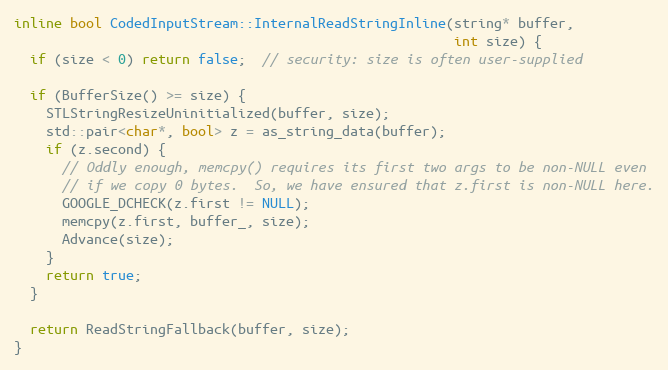
Language: C
inline bool CodedInputStream::InternalReadStringInline(string* buffer,
                                                       int size) {
  if (size < 0) return false;  // security: size is often user-supplied

  if (BufferSize() >= size) {
    STLStringResizeUninitialized(buffer, size);
    std::pair<char*, bool> z = as_string_data(buffer);
    if (z.second) {
      // Oddly enough, memcpy() requires its first two args to be non-NULL even
      // if we copy 0 bytes.  So, we have ensured that z.first is non-NULL here.
      GOOGLE_DCHECK(z.first != NULL);
      memcpy(z.first, buffer_, size);
      Advance(size);
    }
    return true;
  }

  return ReadStringFallback(buffer, size);
}